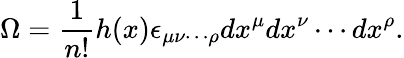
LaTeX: \Omega=\frac{1}{n!}h(x)\epsilon_{{\mu}{\nu}\cdots{\rho}}dx^{\mu}dx^{\nu}\cdots dx^{\rho}.